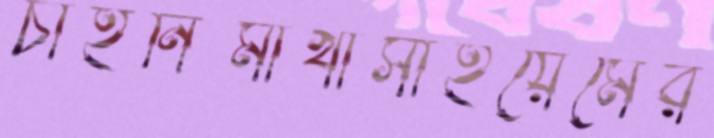
চাহনিমাখাসাইয়েমের